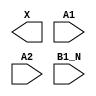
module sky130_fd_sc_ms__a21bo (
    X   ,
    A1  ,
    A2  ,
    B1_N
);

    output X   ;
    input  A1  ;
    input  A2  ;
    input  B1_N;

    // Voltage supply signals
    supply1 VPWR;
    supply0 VGND;
    supply1 VPB ;
    supply0 VNB ;

endmodule